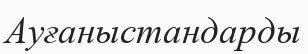
Ауғаныстандарды